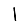
Digit: 1